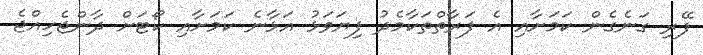
ފޭރި ގަނެގެން ކަމަށާއި އެ ފަރާތްތަކާމެދު ފިޔަވަޅު އަޅާނެ ކަމަށާއި ކޯޓަށް ދާންޖެހިއްޖެ